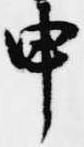
申